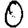
Digit: 0